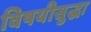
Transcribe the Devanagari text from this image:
विषयीसुद्धा